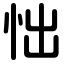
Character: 㤕